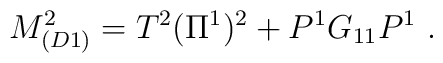
M_{(D1)}^2 =  T^2 (\Pi^1)^2 + P^1 G_{11} P^1\ .